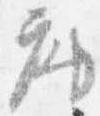
座